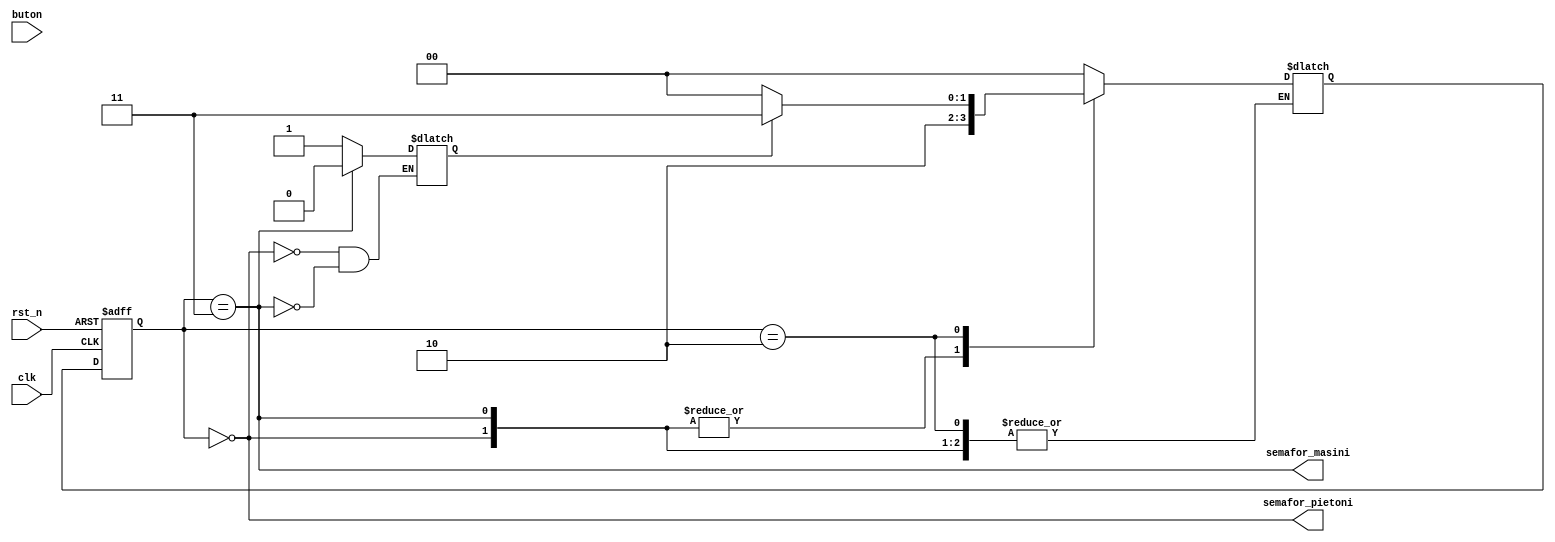
module semafor (
input     clk              , // semnal de ceas, 
input     rst_n            , // semnal de reset asincron activ 0
input     buton            , // buton
output    semafor_masini   , // output1
output    semafor_pietoni    // output2
);

reg [1:0] stare_prezenta;
reg [1:0] stare_viitoare;
reg [8:0] counter       ;
reg buton_apasat        ;
reg ok1                 ;
reg ok2                 ;

initial begin
counter      <= 8'b0;
buton_apasat <= 1'b0;
ok1 <= 1'b0;
ok2 <= 1'b0;
end 

// coduri stari (unice)
localparam stare1    = 2'b00; // verde pietoni , rosu   masini
localparam stare2    = 2'b11; // rosu  pietoni , verde  masini
localparam stare3    = 2'b10; // rosu  pietoni , galben masini

always @(posedge clk)
counter <= counter + 1;
// modeleaza registrul de stare
always @(posedge clk or negedge rst_n)
if (~rst_n) begin
            stare_prezenta <= stare1;  // stare initiala
            counter        <= 8'b0  ;
end
else        stare_prezenta <= stare_viitoare;
// modeleaza circuitul combinational de stare
always @(*)
case (stare_prezenta)
stare1 :  begin
          ok1 <= 1'b1;
          ok2 <= 1'b0;
          buton_apasat <= 1'b0;
          if(counter == 'd30) begin
              counter        <= 'b0;
              stare_viitoare <= stare3;
          end
          end
stare2 :  begin
          ok2 <= 1'b1;
          ok1 <= 1'b0;
          if(buton && !buton_apasat) begin
              buton_apasat <= 1'b1;
              counter <= 8'b0;
          end
          else if (buton_apasat == 1'b1 && counter == 'd60) begin
                   counter        <= 8'b0;
                   stare_viitoare <= stare3;
          end
          end
stare3 :  begin
          buton_apasat <= 1'b0;
          if(counter == 'd5) begin
              counter        <= 'b0;
              if(ok1 == 1'b1)
              stare_viitoare <= stare2;
              else if(ok2 == 1'b1)
              stare_viitoare <= stare1;
          end
          end
default   :  stare_viitoare <= stare1;  // s_final
endcase
            
// modeleaza circuitul combinational de iesire
assign semafor_masini    = (stare_prezenta == stare2  );
assign semafor_pietoni   = (stare_prezenta == stare1  );

endmodule // semafor